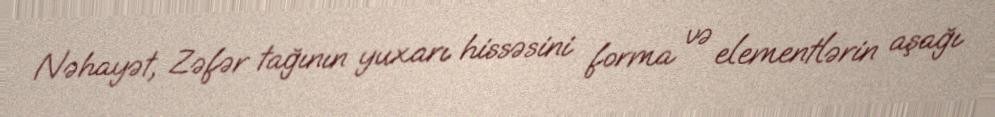
Nəhayət, Zəfər tağının yuxarı hissəsini forma və elementlərin aşağı